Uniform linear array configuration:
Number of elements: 12
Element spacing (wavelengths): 0.75
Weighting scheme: binomial
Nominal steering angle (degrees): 30
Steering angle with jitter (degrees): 28.734
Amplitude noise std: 0.05
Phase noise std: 0.05

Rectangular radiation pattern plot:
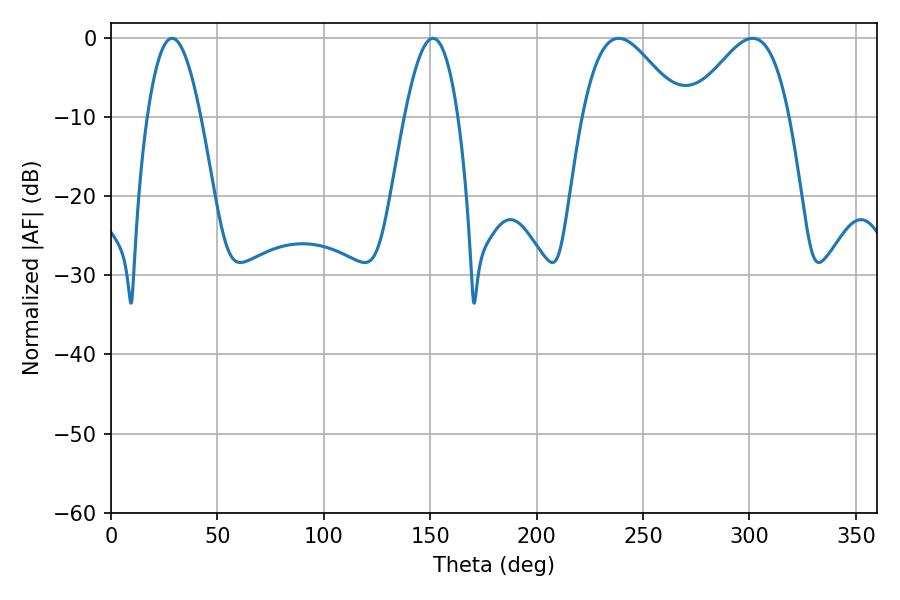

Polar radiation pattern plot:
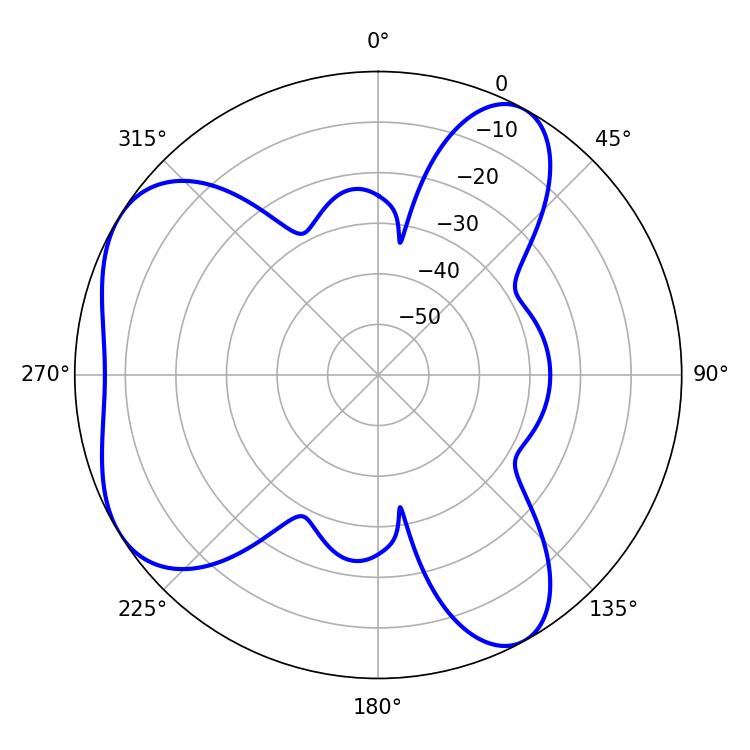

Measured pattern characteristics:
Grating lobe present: TRUE
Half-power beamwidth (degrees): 24.84
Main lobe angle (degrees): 238.5